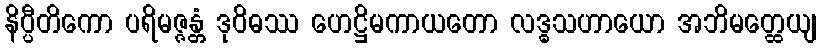
နိပ္ပီတိကော ပရိမဇ္ဇန္တံ ဒုဝိဓဿ ဟေဋ္ဌိမကာယတော လဒ္ဓသဟာယော အဘိမတ္ထေယျ